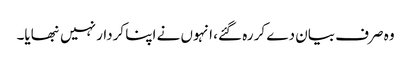
وہ صرف بیان دے کر رہ گئے، انہوں نے اپنا کردار نہیں نبھایا۔